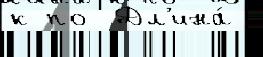
к по  Дл'ина́